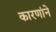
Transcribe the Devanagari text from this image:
कारणांने